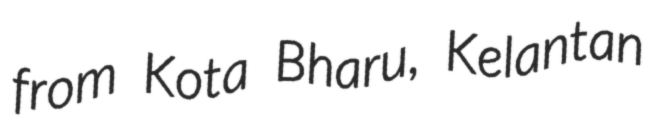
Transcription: from Kota Bharu, Kelantan